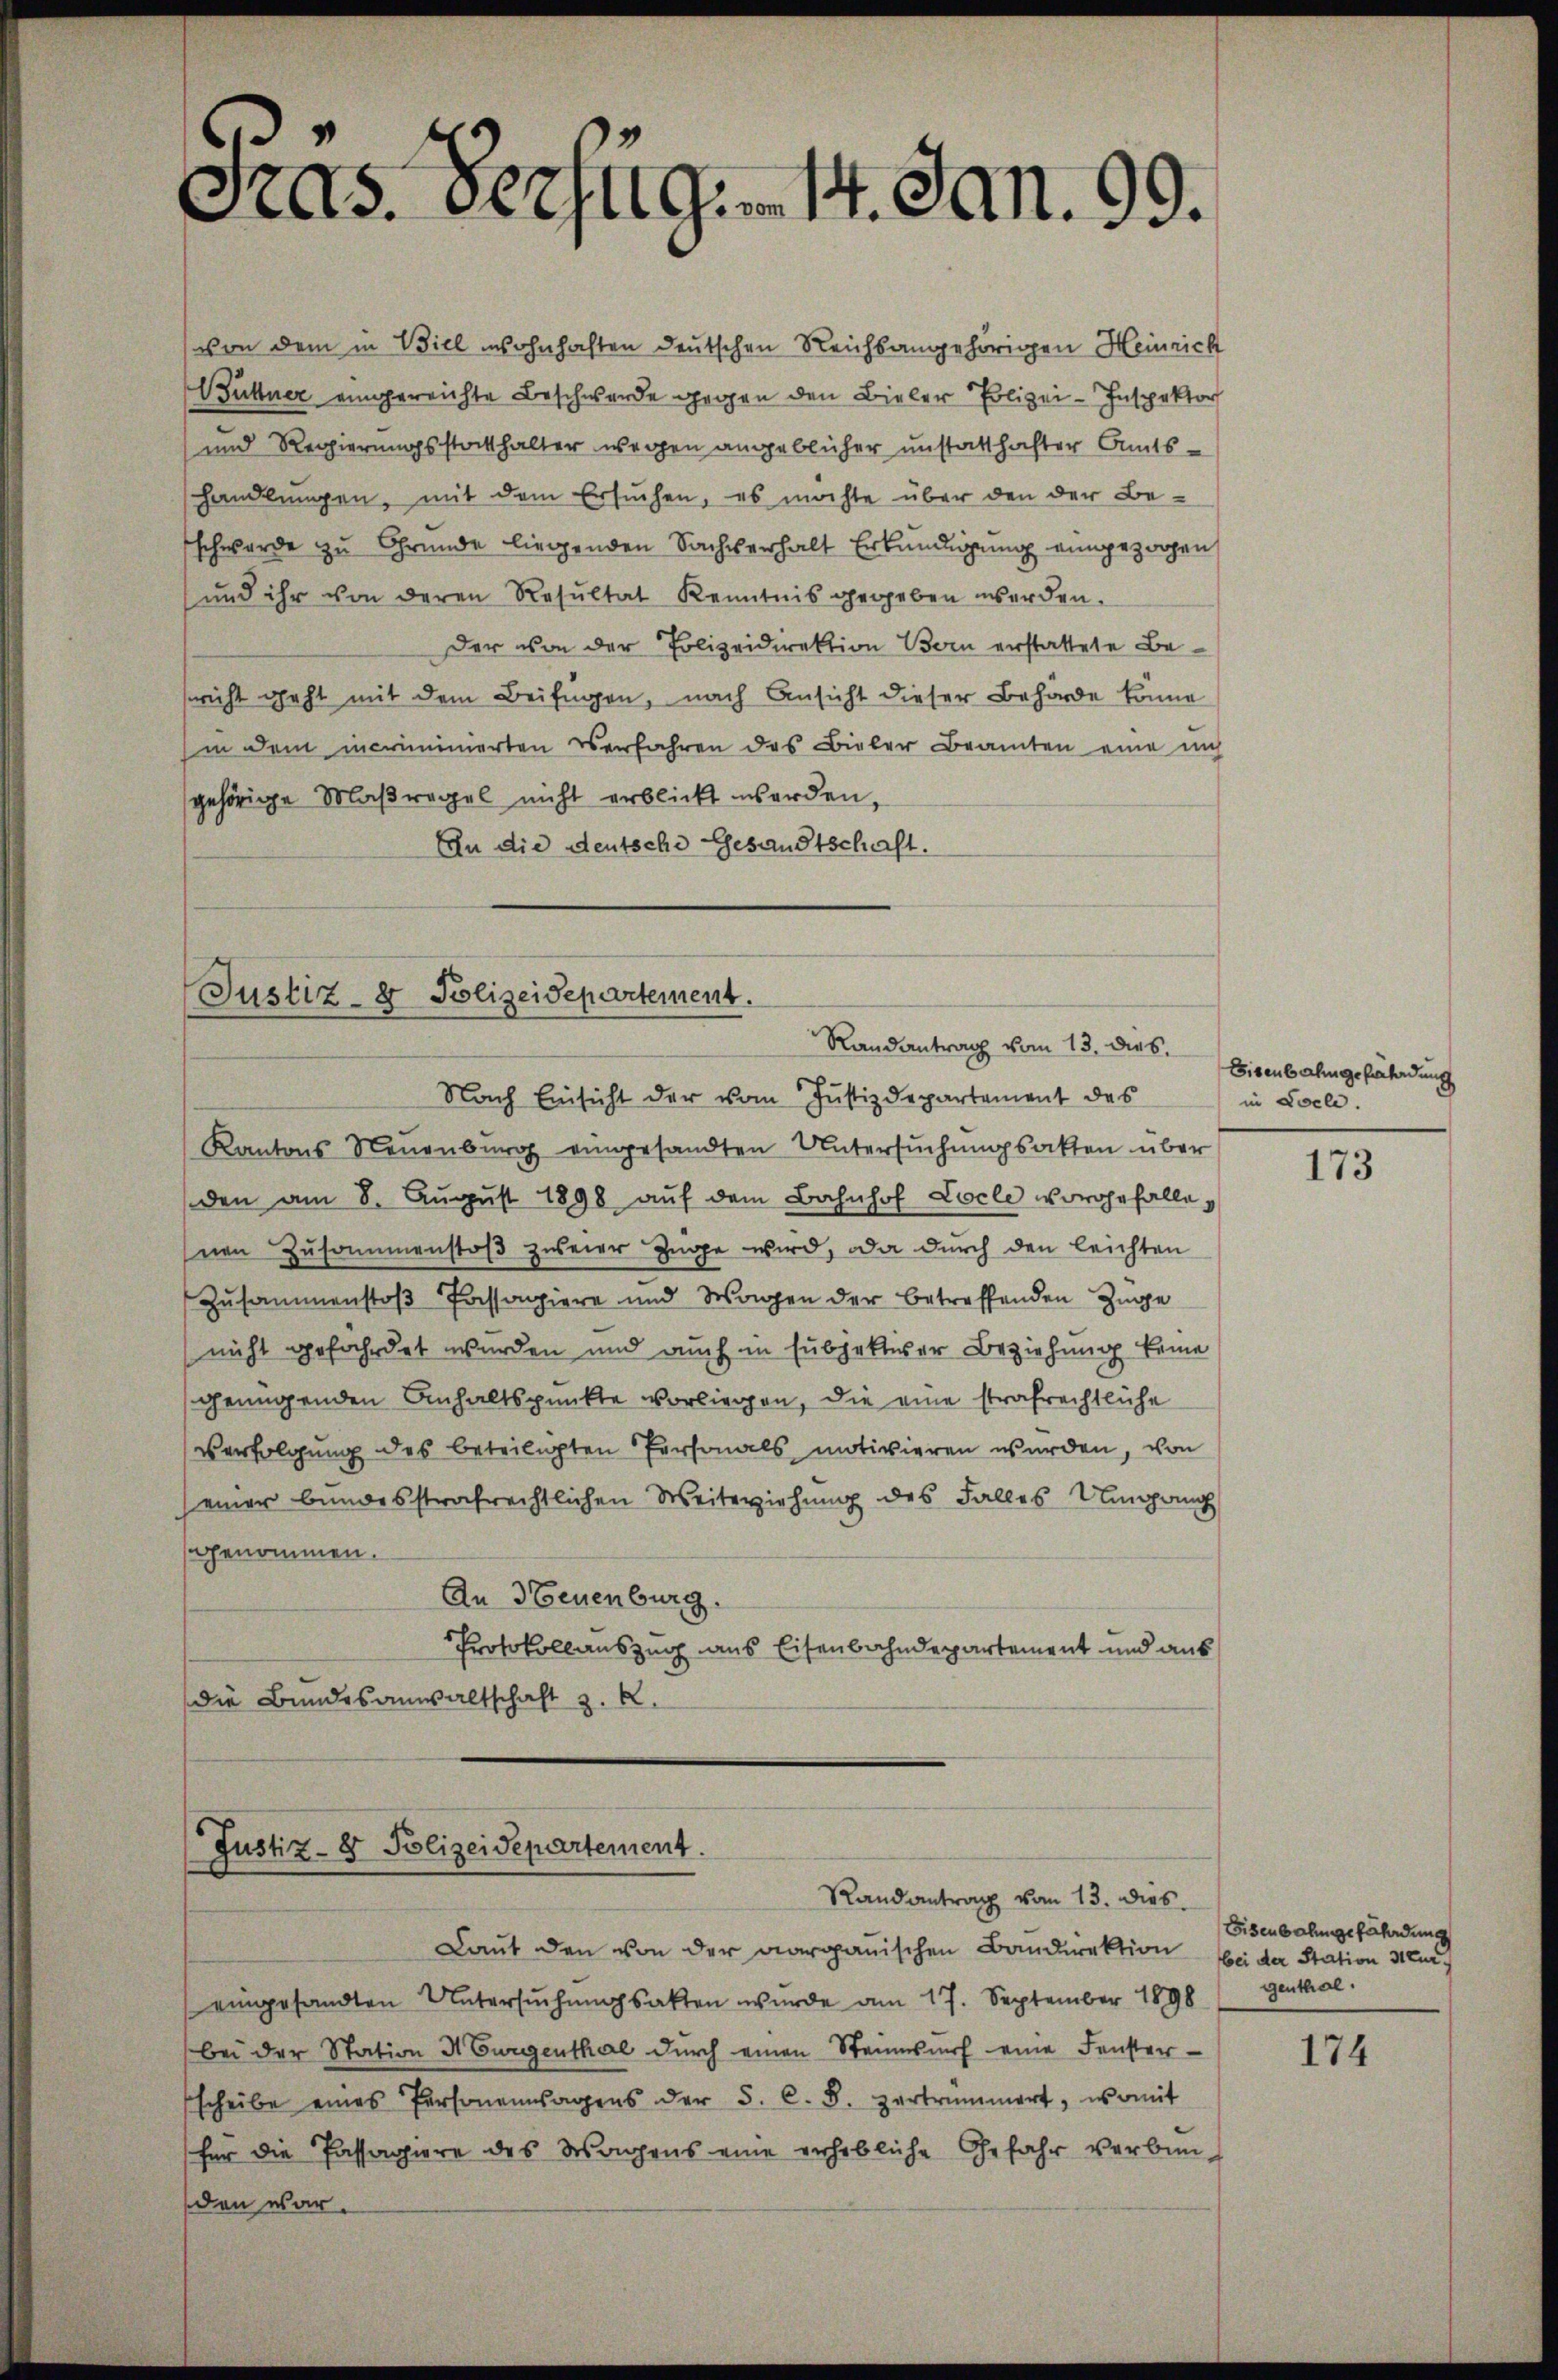
Präs. Verzug. 14. Jan. 99.

von dem in Biel wohnhaften deutschen Reichsangehörigen Heinrich
Wüttner eingereichte Beschwerde gegen den Bieler Polizei-Inspektor
und Regierungsstatthalter wegen angeblicher unstatthafter Amtshandlungen, mit dem Ersuchen, es möchte über den der Be-
schwerde zu Grunde liegenden Sachverhalt Erkundigung eingezogen
und ihr von deren Resŭltat Kenntnis gegeben werden.
Der von der Polizeidirektion Bern erstattete Beericht geht mit dem Beifügen, nach Ansicht dieser Behörde könne
hin dem incriminierten verfahren des Bieler Beamten eine uns
gehörige Maßregel nicht erblickt werden,
An die deutsche Gesandtschaft.

Justiz- & Polizeidepartement.
Randantrag vom 13. dies

Nach Einsicht der vom Justizdepartement des
Kantons Neuenburg eingesandten Untersuchungsakten über
den am 8. Aŭgŭst 1898 aŭf dem Bahnhof Locle vorgefallenen Zusammenstoβ zŭerer Züge wird, da durch den leichten
Zusammenstoß Passagiere und Wagen der betreffenden Zuge
nicht gefährdet wurden und auch in subjektiver Beziehung keine
genügenden Anhaltspunkte vorliegen, die eine strafrechtliche
verfolgung des beteiligten Personals motivieren wurden, von
seiner bundesstrafrechtlichen Weiterziehung des Falles Umgang
genommen.
An Neuenburg.
Protokollauszug aus Eisenbahndepartement und aus
die Bundesanwaltschaft z. R.

Justiz- & Polizeidepartement.
Randantrag vom 13. dies

Laut den von der aargauischen Bandirektion bei der Station sei
eingesandten Untersuchungsakten wurde am 17. September 1898 (Genthal.
bei der Station 4 Burgenthal durch einen Steinesŭrf eine Fenster-
scheibe eines Personenwagens der S. C. S. zertrümmert, womit
für die Passagiere des Wagens eine erhebliche Gefahr verbin-
den war.

Eisenbahngefährdung
in Locle.

173

Eisenbarungefährdung

174